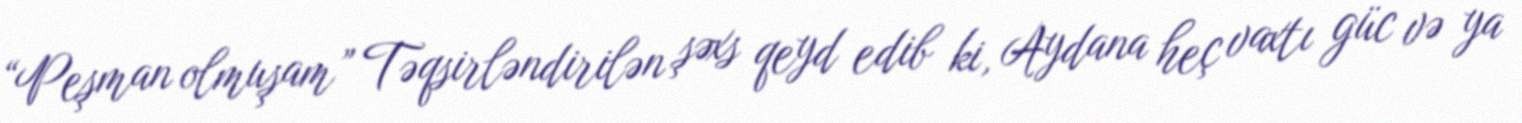
“Peşman olmuşam” Təqsirləndirilən şəxs qeyd edib ki, Aydana heç vaxtı güc və ya